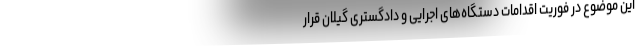
این موضوع در فوریت اقدامات دستگاه‌های اجرایی و دادگستری گیلان قرار